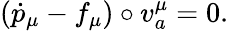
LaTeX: (\dot{p}_{\mu}-f_{\mu})\circ v_{a}^{\mu}=0.